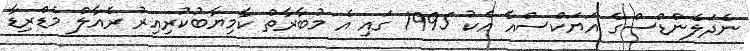
ނެދަލެންޑްސްގެ އަޔަކްސްއާ އެކު 1995 ގައި އެ މުބާރާތް ކާމިޔާބުކުރިއިރު ރެއާލް މެޑްރިޑާ